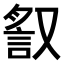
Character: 𧧙